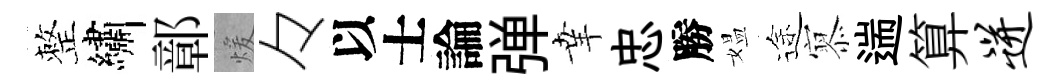
整繡鄣煖々以士論弹𦍒忠勝媪途𡪹遄算迸